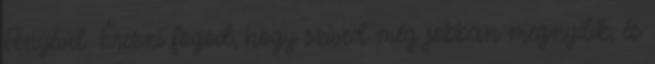
Fényével. Érezni fogod, hogy szíved még jobban megnyílik, és